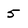
Character: 5